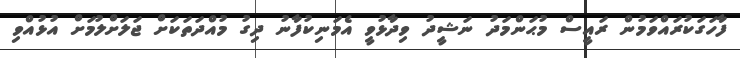
ފާހަގަކުރައްވަމުން ރައީސް މުޙަންމަދު ނަޝީދު ވިދާޅުވީ އެމަނިކުފާނު ދިގު މުއްދަތަކަށް ޖަލަށްލުމަށް އުޅުއްވި